King Institute of Preventive Medicine Micro-Biological Section reports 1909-11
Year: 1909
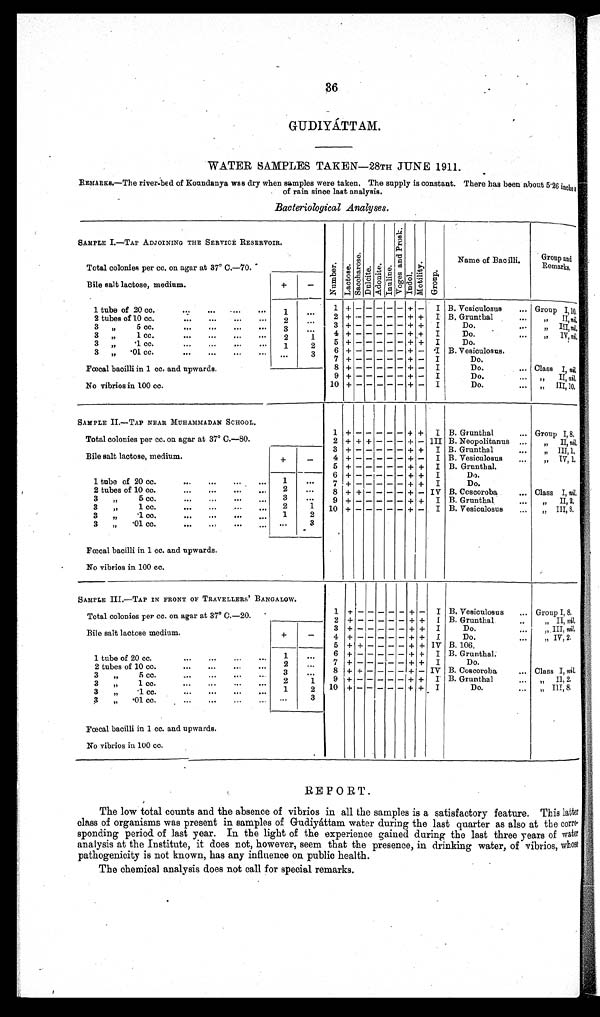
36
GUDIYÁTTAM.
WATER SAMPLES TAKEN-28TH JUNE 1911.
REMARKS.—The river-bed of Koundanya was dry when samples were taken. The supply is constant. There has been about 5.26 inches
of rain since last analysis.
Bacteriological Analyses.
SAMPLE I.—TAP ADJOINING THE SERVICE RESERVOIR.
Number .
Lact ose.
S a c c h a r o s e . Dul ci t e.
Adoni t e.
I n u l i n e . V o g e s a n d P r o s k .
Indol.
Mo t i l i t y .
Group.
Name of Bacilli.
Group and
Remarks.
Total colonies per cc. on agar at 37° C.—70.
Bile salt lactose, medium.
+
-
1 tube of 20 cc...
1
...
1 + - - - - - + -
I B. Vesiculosus
... Group I,10.
2 tubes of 10 cc.
2
. . .
2 + - - - - - + +
I B. Grunthal
. . .
„ II, n i l
.
3 „ 5 c c .
3
. . .
3 + - - - - - + +
I
Do.
...
„ I I I ,n
i l
.
3 „ 1 c c .
2
1
4 + - - - - - + +
I
Do.
...
„ I V ,
n i l .
3 „ .1 cc.
1
2
5 + - - - - - + + I
Do.
3 „ .01 cc.
...
...
... ...
3
6 + - - - - - + -
I B. Vesiculosus.
Fœcal bacilli in 1 cc. and upwards.
7 + - - - - - + -
I
Do.
8 + - - - - - + -
I
Do.
... Class I, nil.
No vibrios in 100 cc.
9 + - - - - - + -
I
Do.
. . .
„ I I ,
n i l
.
10 + - - - - - + -
I
Do.
„ I I I , 1 0 .
SAMPLE II.—TAP NEAR MUHAMMADAN SCHOOL.
1 + - - - - - + +
I B. Grunthal
... Group I, 8.
Total colonies per cc. on agar at 37° C.—80.
2 + + + - - - + - III B. Neopolitanus ...
„ I I ,
n i l
.
Bile salt lactose, medium.
+
-
3 + - - - - - + +
I B. Grunthal
...
„ I I I , 1 .
4 + - - - - - + -
I B. Vesiculosus
...
„ I V , 1 .
5 + - - - - - + + I B. Grunthal.
1 tube of 20 cc.
...
...
... ...
1
...
6 + - - - - - + +
I
Do.
7
+ - - - - - + +
I
Do.
2 tubes of 10 cc.
...
...
2
...
8 + + - - - - + - IV B. Coscoroba
... Class I, nil.
3 „ 5 cc.
3
...
9 + - - - - - + +
I B. Grunthal
...
„ II, 2.
3 „ 1 cc.
... ...
...
...
2
1
10 + - - - - - + -
I B. Vesiculosus
...
„ III, 8.
3 „ .1 cc.
1
2
3 „ .01 cc.
...
...
... ...
. . .
3
Fœcal bacilli in 1 cc. and upwards.
No vibrios in 100 cc.
SAMPLE III.—TAP IN FRONT OF TRAVELLERS' BANGALOW.
1 + - - - - - + -
I B. Vesiculosus
... Group I, 8.
Total colonies per cc. on agar at 37° C.—20.
2
+ - - - - - + +
I B. Grunthal
..
„ II, nil.
Bile salt lactose medium.
+
-
3 + - - - - - + + I
Do.
...
„.III, ni l .
4 + - - - - - + + I
Do.
...
„ IV, 2.
5 + + - - - - + + IV B.106.
1 tube of 20 cc.
1
. . .
6 + - - - - - + +
I B. Grunthal.
2 tubes of 10 cc.
...
2
...
7 + - - - - - + + I
Do.
3 „ 5 cc.
...
...
. . .
3
. . .
8 + + - - - - + - IV B. Coscoroba
... Class I, nil.
3 „ 1 cc.
2
1
9 + - - - - - + + I B. Grunthal
„ I I , 2 .
3 „ .1 cc.
...
...
...
. . .
1
2
10 + - - - - - + + I
Do.
„ III, 8.
3 „ .01 cc.
...
...
...
. . .
. . .
3
Fœcal bacilli in 1 cc. and upwards.
No vibrios in 100 cc.
REPORT.
The low total counts and the absence of vibrios in all the samples is a satisfactory feature. This latter
class of organisms was present in samples of Gudiyáttam water during the last quarter as also at the corre
¬ s p o n d i n g p e r i o d o f l a s t y e a r . I n t h e l i g h t o f t h e e x p e r i e n c e g a i n e d d u r i n g t h e l a s t t h r e e y e a r s o f
w a t e r
analysis at the Institute, it does not, however, seem that the presence, in drinking water, of vibrios, whose
pathogenicity is not known, has any influence on public health.
The chemical analysis does not call for special remarks.